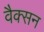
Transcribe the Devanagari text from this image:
वैक्सन